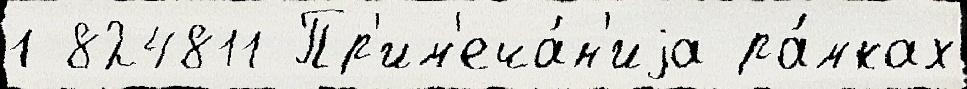
1 824811 Пр'им'еча́н'иjа ра́мках